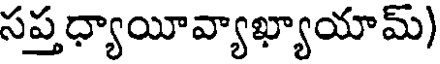
సప్తధ్యాయీవ్యాఖ్యాయామ్)